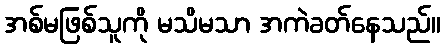
အစ်မဖြစ်သူကို မသိမသာ အကဲခတ်နေသည်။